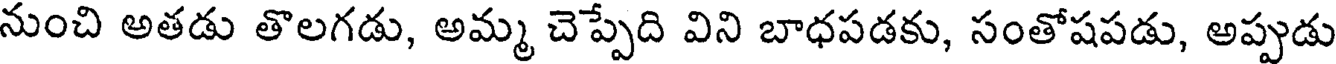
నుంచి అతడు తొలగడు, అమ్మ చెప్పేది విని బాధపడకు, సంతోషపడు, అప్పుడు